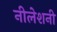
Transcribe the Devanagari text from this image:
नीलेशनी